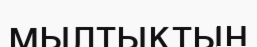
мылтықтың